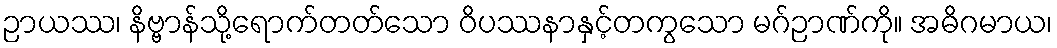
ဉာယဿ၊ နိဗ္ဗာန်သို့ရောက်တတ်သော ဝိပဿနာနှင့်တကွသော မဂ်ဉာဏ်ကို။ အဓိဂမာယ၊